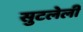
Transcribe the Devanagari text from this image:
सुटलेली